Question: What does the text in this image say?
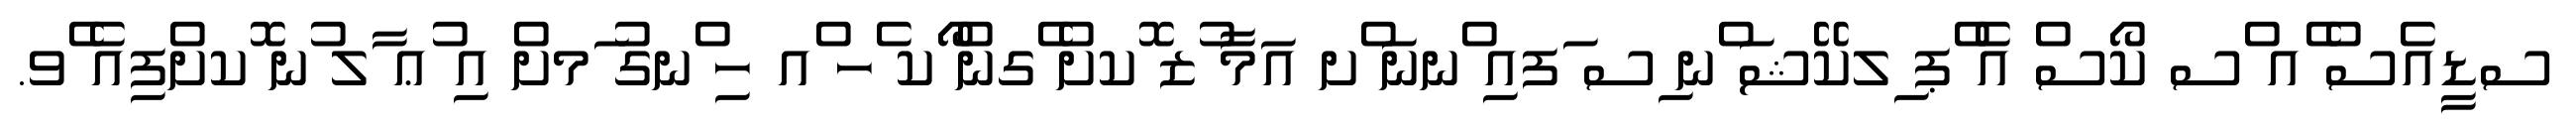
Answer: ސޑީއެސް ެއ ްސ ކޯސް އެ ްޕ ިލކޭޝަ ްނ ިސ ަފއި ްނނަ ްށ އަމާ ުޒ ޮކށް ެގން ޯކ ެހ ްއ ހި ްނގު ަމށް އި ުޢ ާލ ުނ ޮކށްފިއެ ެވ.